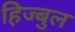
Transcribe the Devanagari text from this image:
हिज्बुल